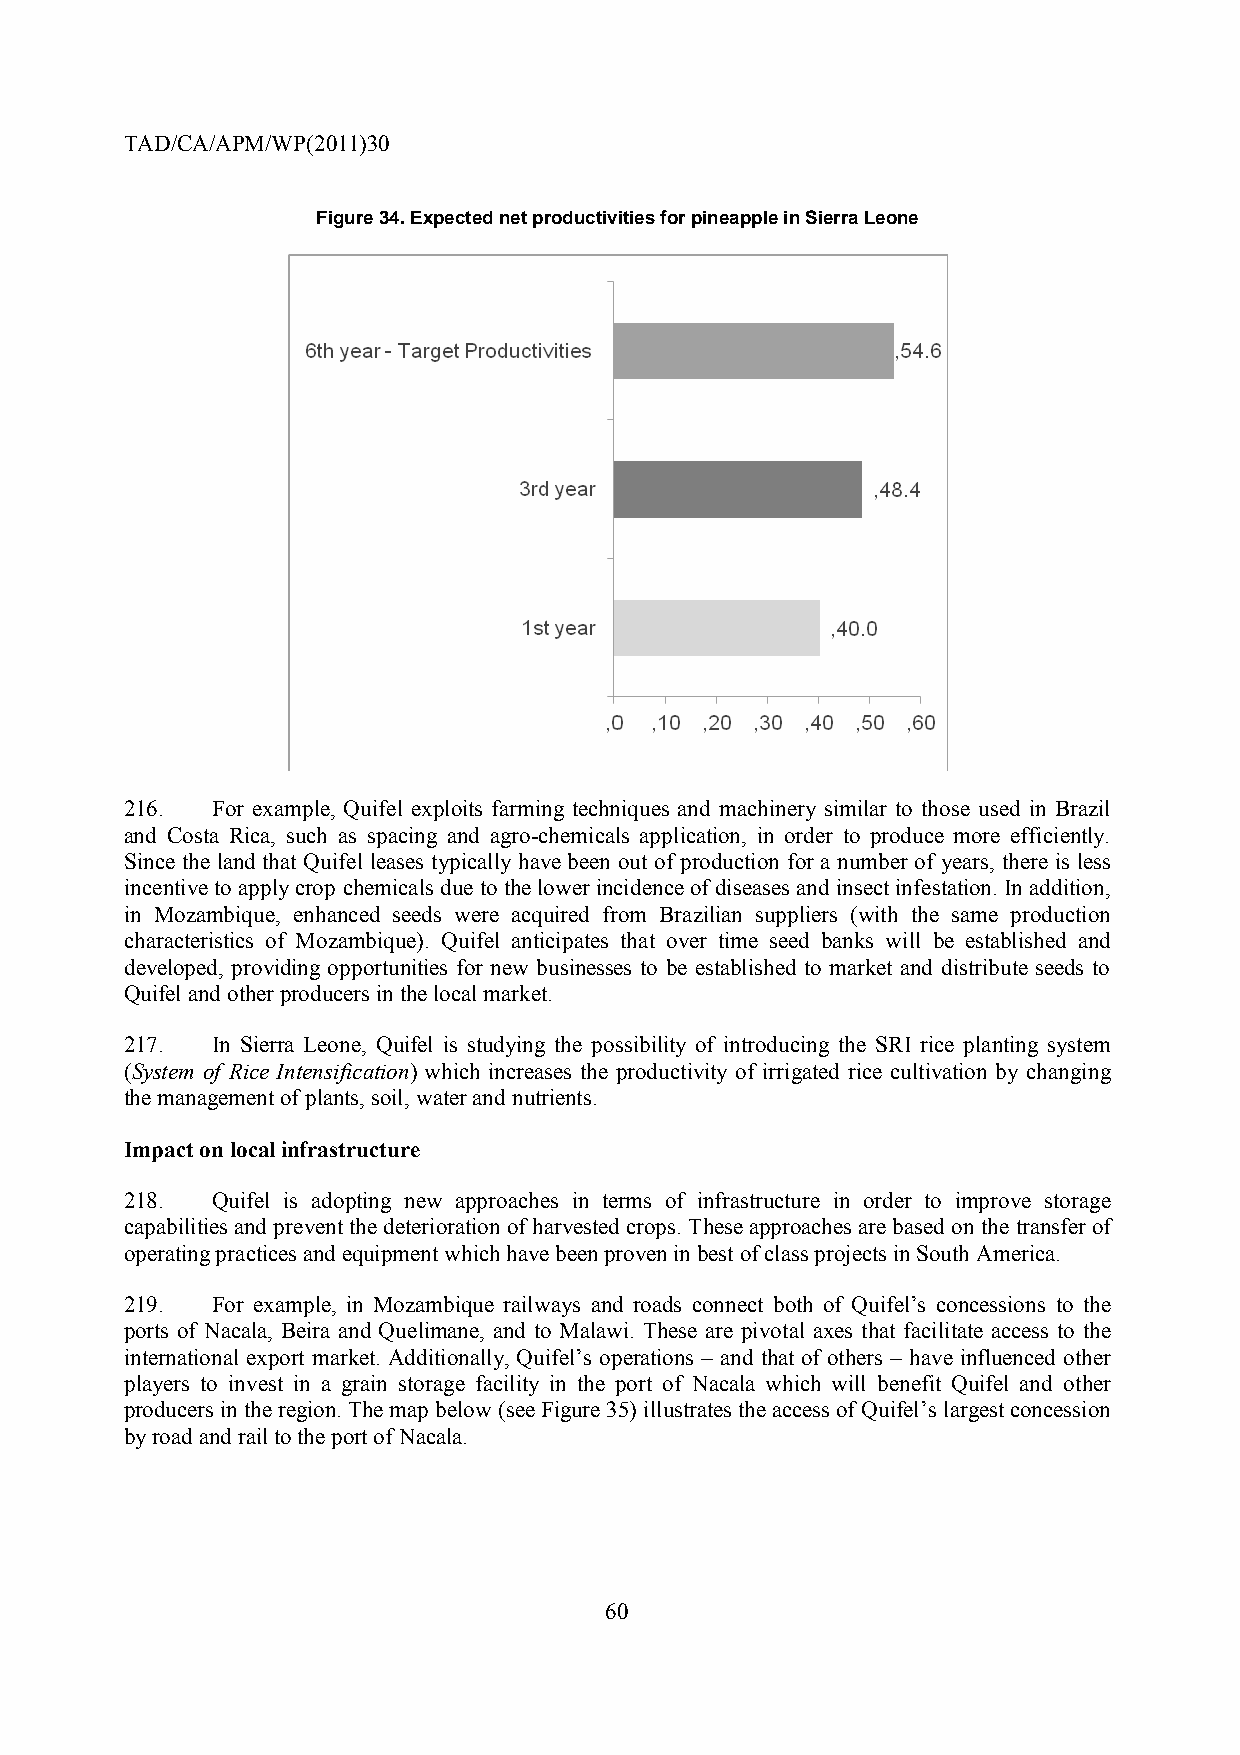
TAD/CA/APM/WP(2011)30
 Figure 34. Expected net productivities for pineapple in Sierra Leone
 216.  For example, Quifel exploits farming techniques and machinery similar to those used in Brazil
 and Costa Rica, such as spacing and agro-chemicals application, in order to produce more efficiently.
 Since the land that Quifel leases typically have been out of production for a number of years, there is less
 incentive to apply crop chemicals due to the lower incidence of diseases and insect infestation. In addition,
 in Mozambique, enhanced seeds were acquired from Brazilian suppliers (with the same production
 characteristics of Mozambique). Quifel anticipates that over time seed banks will be established and
 developed, providing opportunities for new businesses to be established to market and distribute seeds to
 Quifel and other producers in the local market.
 217.  In Sierra Leone, Quifel is studying the possibility of introducing the SRI rice planting system
 (System of Rice Intensification) which increases the productivity of irrigated rice cultivation by changing
 the management of plants, soil, water and nutrients.
 Impact on local infrastructure
 218.  Quifel is adopting new approaches in terms of infrastructure in order to improve storage
 capabilities and prevent the deterioration of harvested crops. These approaches are based on the transfer of
 operating practices and equipment which have been proven in best of class projects in South America.
 219.  For example, in Mozambique railways and roads connect both of Quifel’s concessions to the
 ports of Nacala, Beira and Quelimane, and to Malawi. These are pivotal axes that facilitate access to the
 international export market. Additionally, Quifel’s operations – and that of others – have influenced other
 players to invest in a grain storage facility in the port of Nacala which will benefit Quifel and other
 producers in the region. The map below (see Figure 35) illustrates the access of Quifel’s largest concession
 by road and rail to the port of Nacala.
 60